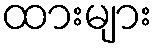
ထားများ